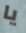
يا